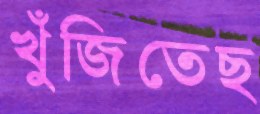
খুঁজিতেছ